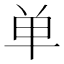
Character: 单